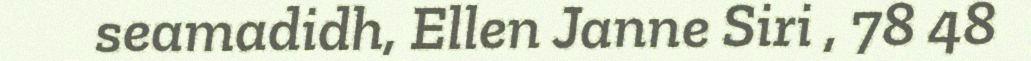
seamadidh, Ellen Janne Siri , 78 48